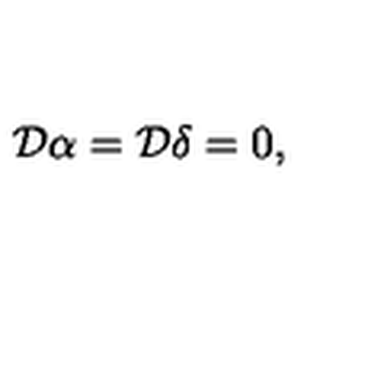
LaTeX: { \cal D } \alpha = { \cal D } \delta = 0 ,